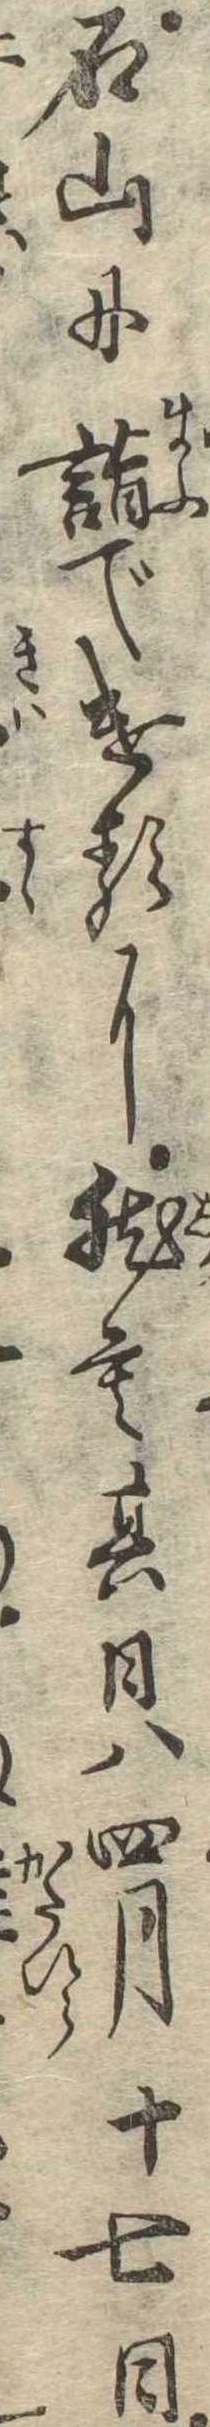
石山に詣でけるに然も其日は四月十七日